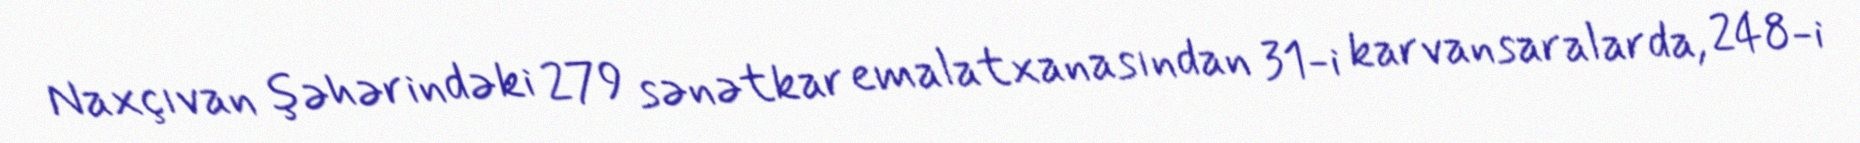
Naxçıvan şəhərindəki 279 sənətkar emalatxanasından 31-i karvansaralarda, 248-i